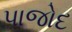
પાજોદ